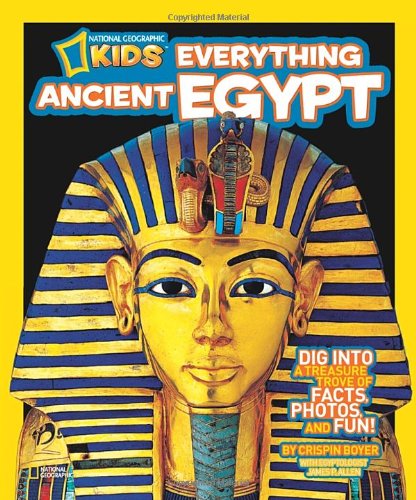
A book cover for National Geographic Kids Everything Ancient Egypt: Dig Into a Treasure Trove of Facts, Photos, and Fun; Crispin Boyer; Children's Books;